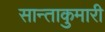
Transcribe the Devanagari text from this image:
सान्ताकुमारी